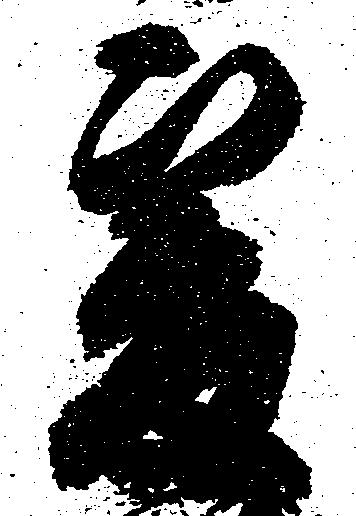
爰